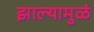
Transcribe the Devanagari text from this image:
झाल्यामुळं